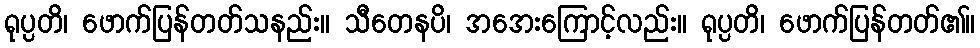
ရုပ္ပတိ၊ ဖောက်ပြန်တတ်သနည်း။ သီတေနပိ၊ အအေးကြောင့်လည်း။ ရုပ္ပတိ၊ ဖောက်ပြန်တတ်၏။